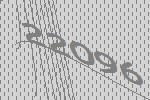
22096